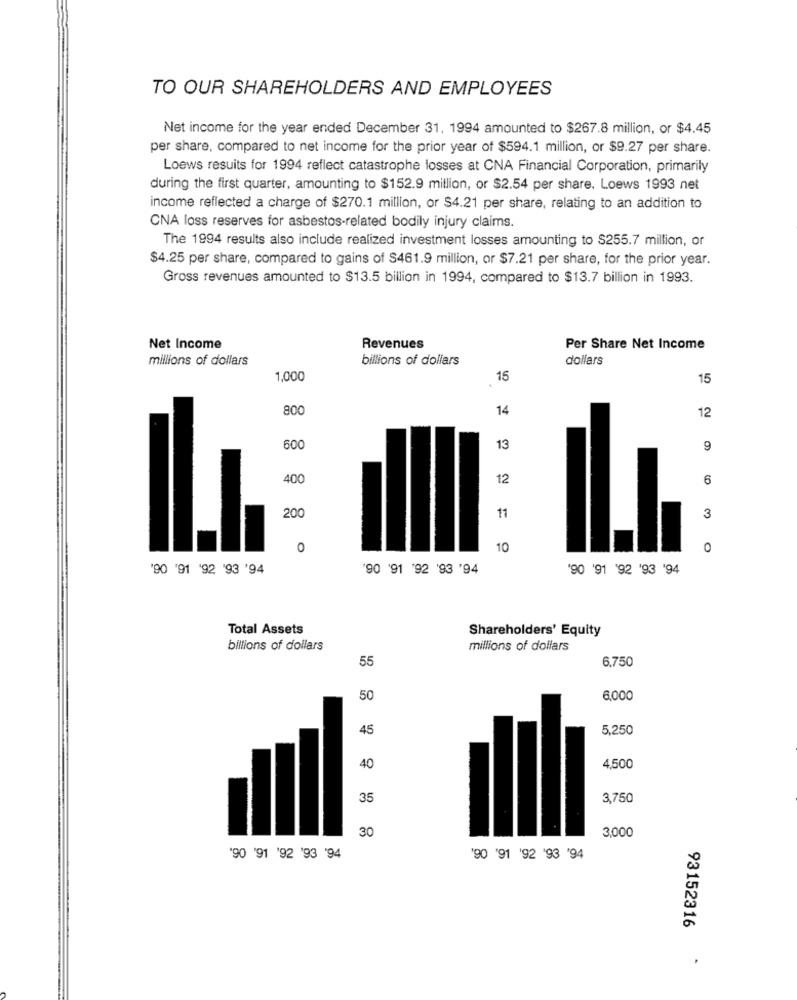
TO OUR SHAREHOLDERS AND EMPLOYEES
Net income for the year ended December 31, 1994 amounted to $267.8 million, or $4.45
per share, compared to net income for the prior year of $594.1 million, or $9.27 per share.
Loews resuits for 1994 reflect catastrophe losses at CNA Financial Corporation, primarily
during the first quarter, amounting to $152.9 million, or $2.54 per share. Loews 1993 net
income reflected a charge of $270.1 million, or $4.21 per share, relating to an addition to
CNA loss reserves for asbestos-related bodily injury claims.
The 1994 results also include realized investment losses amounting to $255.7 million, or
$4.25 per share, compared to gains of $461.9 million, or $7.21 per share, for the prior year.
Gross revenues amounted to $13.5 billion in 1994, compared to $13.7 billion in 1993.
Net Income
Revenues
Per Share Net Income
millions of dollars
billions of dollars
dollars
1,000
15
15
800
14
12
600
13
9
400
12
6
200
11
3
0
10
0
'90 '91 '92 '93 '94
'90 '91 '92 '93 '94
'90 '91 '92 '93 '94
Total Assets
Shareholders' Equity
billions of dollars
millions of dollars
55
6.750
50
6,000
45
5.250
40
4,500
35
3,750
30
3,000
'90 '91 '92 '93 '94
'90 '91 '92 '93 '94
93152316
.